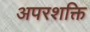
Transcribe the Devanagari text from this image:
अपरशक्ति